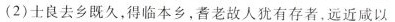
(2)士良去乡既久，得临本乡，耆老故人犹有存者，远近咸以